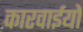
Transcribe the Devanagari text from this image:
कारवाईयों